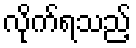
လိုက်ရသည့်